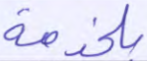
بلخدمة